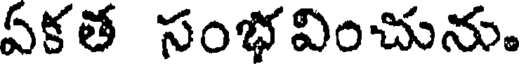
ఏకత సంభవించును